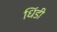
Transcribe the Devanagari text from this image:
धिंडी